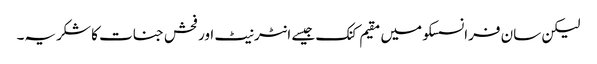
لیکن سان فرانسسکو میں مقیم کنک جیسے انٹرنیٹ اور فحش جنات کا شکریہ۔